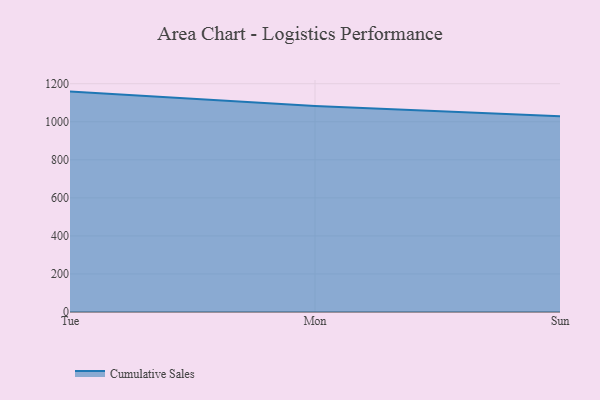
{"axis": {"x": "Day", "y": "Humidity (%)"}, "legend": ["Cumulative Sales"], "data": [{"x": "Tue", "y": 1158.6, "type": "Cumulative Sales"}, {"x": "Mon", "y": 1082.6, "type": "Cumulative Sales"}, {"x": "Sun", "y": 1029.2, "type": "Cumulative Sales"}]}